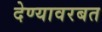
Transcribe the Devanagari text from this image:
देण्यावरबत